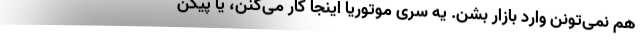
هم نمی‌تونن وارد بازار بشن. یه سری موتوریا اینجا کار می‌کنن، یا پیکن